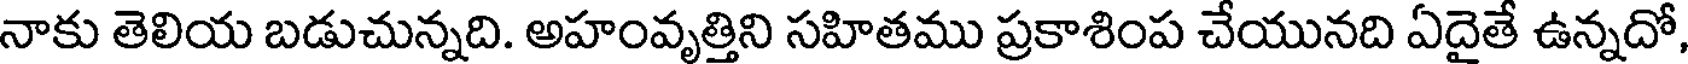
నాకు తెలియ బడుచున్నది. అహంవృత్తిని సహితము ప్రకాశింప చేయునది ఏదైతే ఉన్నదో